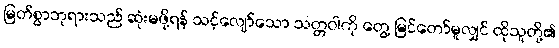
မြတ်စွာဘုရားသည် ဆုံးမဖို့ရန် သင့်လျော်သော သတ္တဝါကို တွေ့ မြင်တော်မူလျှင် ထိုသူတို့၏